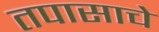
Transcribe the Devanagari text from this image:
तपासाचे